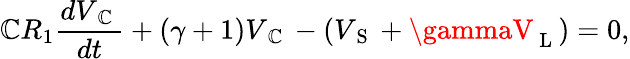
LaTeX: \mathbb{C}R_{1}\frac{{dV_{\mathrm{{~\mathbb{C}~}}}}}{{dt}}+\left(\gamma+1\right)V_{\mathrm{{~\mathbb{C}~}}}-\left(V_{\mathrm{{~S~}}}+\gammaV_{\mathrm{{~L~}}}\right)=0,